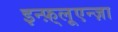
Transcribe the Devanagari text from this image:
इन्फ़्लूएन्ज़ा